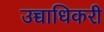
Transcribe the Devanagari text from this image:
उच्चाधिकरी